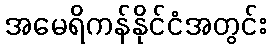
အမေရိကန်နိုင်ငံအတွင်း